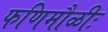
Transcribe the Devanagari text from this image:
फणिमौळीः